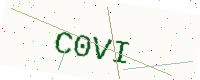
Text: C0VI